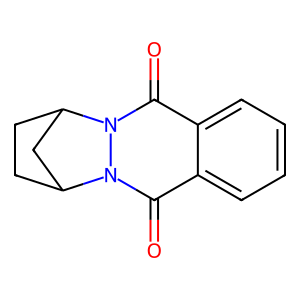
SMILES: O=c1c2ccccc2c(=O)n2n1C1CCC2C1
Inhibits HIV replication: No